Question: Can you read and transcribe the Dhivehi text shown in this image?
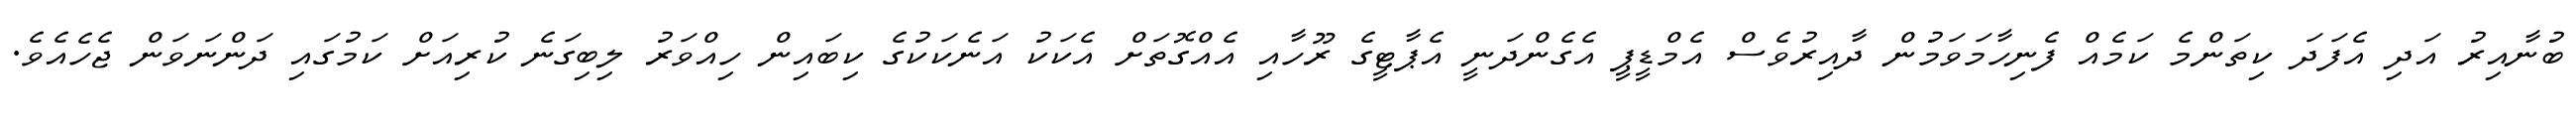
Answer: ބުނާއިރު އަދި އެފަދަ ކިތަންމެ ކަމެއް ފެނިހާމަވަމުން ދާއިރުވެސް އެމްޑީޕީ އެގެންދަނީ އެޕާޓީގެ ރޫހާއި އެއްގޮތަށް އެކަކު އަނެކަކުގެ ކިބައިން ހިއްވަރު ލިބިގަނެ ކުރިއަށް ކަމުގައި ދަންނަވަން ޖެހެއެވެ.